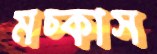
মচ্‌কাস